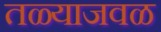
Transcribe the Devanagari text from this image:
तळ्याजवळ